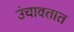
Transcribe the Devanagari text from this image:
उंचावतात